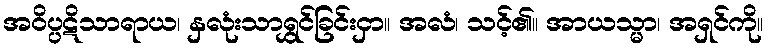
အဝိပ္ပဋိသာရာယ၊ နှလုံးသာရွှင်ခြင်းငှာ။ အလံ၊ သင့်၏။ အာယသ္မာ၊ အရှင်ကို။